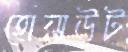
হোয়াউট